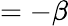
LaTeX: =-\beta